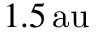
1 . 5 { \mathrm { \, a u } }